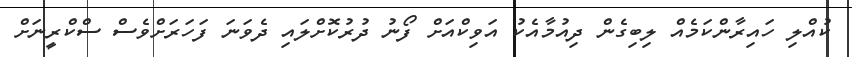
ކުއްލި ހައިރާންކަމެއް ލިބިގެން ދިއުމާއެކު އަވިކްއަށް ފޯނު ދުރުކޮށްލައި ދެވަނަ ފަހަރަށްވެސް ސްކްރީނަށް